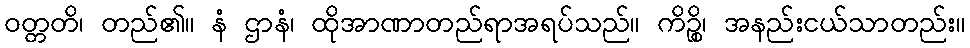
ဝတ္တတိ၊ တည်၏။ နံ ဌာနံ၊ ထိုအာဏာတည်ရာအရပ်သည်။ ကိဉ္စိ၊ အနည်းငယ်သာတည်း။